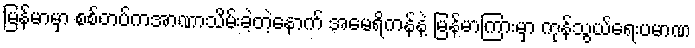
မြန်မာမှာ စစ်တပ်ကအာဏာသိမ်းခဲ့တဲ့နောက် အမေရိကန်နဲ့ မြန်မာကြားမှာ ကုန်သွယ်ရေးပမာဏ